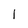
Character: 1